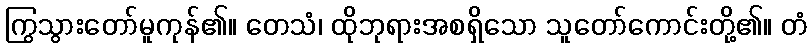
ကြွသွားတော်မူကုန်၏။ တေသံ၊ ထိုဘုရားအစရှိသော သူတော်ကောင်းတို့၏။ တံ